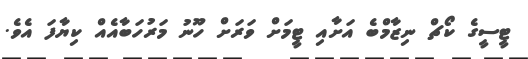
ޓީސީގެ ކޯޗް ނިޒާމްބެ އަށާއި ޓީމަށް ވަރަށް ހޫނު މަރުހަބާއެއް ކިޔާފަ އެވެ.